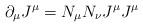
LaTeX: \begin{align*}\partial_{\mu}J^{\mu}=N_{\mu}N_{\nu}J^{\mu} J^{\mu}\end{align*}